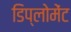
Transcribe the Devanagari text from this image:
डिप्लोमेंट